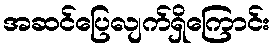
အဆင်ပြေလျက်ရှိကြောင်း